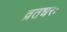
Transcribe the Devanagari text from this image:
व्रतधरः